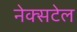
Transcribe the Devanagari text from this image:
नेक्सटेल